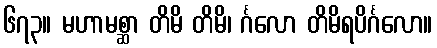
၆၇၃။ မဟာမစ္ဆာ တိမိ တိမိ၊ င်္ဂလော တိမိရပိင်္ဂလော။